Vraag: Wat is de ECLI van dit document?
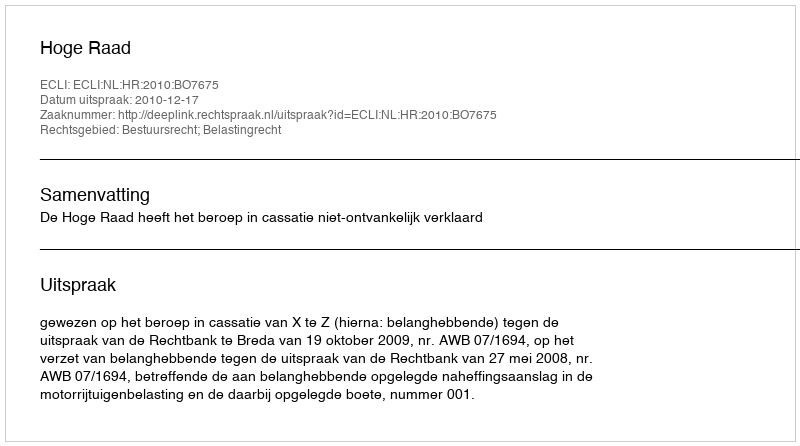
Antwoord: ECLI:NL:HR:2010:BO7675